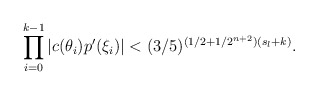
\begin{align*}\prod \limits^{k-1}_{i = 0} |c(\theta_i)p'(\xi_i)| < (3/5)^{(1/2 + 1/2^{n+2})(s_l + k)} .\end{align*}